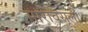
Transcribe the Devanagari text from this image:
सारावसूली